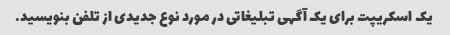
یک اسکریپت برای یک آگهی تبلیغاتی در مورد نوع جدیدی از تلفن بنویسید.